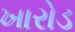
ખારોડ